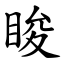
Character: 睃